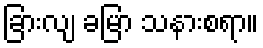
ခြားလျ ခမြာ သနားစရာ။